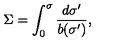
\Sigma = \int _ { 0 } ^ { \sigma } \frac { d \sigma ^ { \prime } } { b ( \sigma ^ { \prime } ) } ,